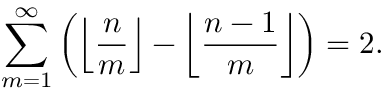
\sum _ { m = 1 } ^ { \infty } \left( \left\lfloor { \frac { n } { m } } \right\rfloor - \left\lfloor { \frac { n - 1 } { m } } \right\rfloor \right) = 2 .